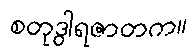
စတုဒွါရဇာတက။